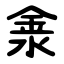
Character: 淾